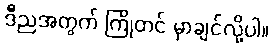
ဒီညအတွက် ကြိုတင် မှာချင်လို့ပါ။